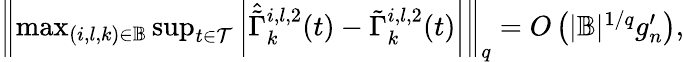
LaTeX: \begin{array}{r}{\left\| \operatorname*{max}_{(i,l,k)\in\mathbb{B}}\operatorname*{sup}_{t\in\mathcal{T}}\left|\hat{\tilde{\Gamma}}_{k}^{i,l,2}(t)-\tilde{\Gamma}_{k}^{i,l,2}(t)\right|\right\| _{q}=O\left(|\mathbb{B}|^{1/q}g_{n}^{\prime}\right),}\end{array}